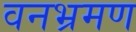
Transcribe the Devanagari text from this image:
वनभ्रमण